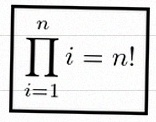
\prod_{i=1}^{n}i=n!